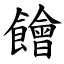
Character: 䭝